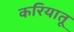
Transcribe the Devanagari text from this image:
करियातू